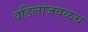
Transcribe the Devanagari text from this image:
वडिलांजवळच